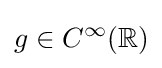
g\in C^{\infty }(\mathbb {R} )